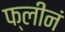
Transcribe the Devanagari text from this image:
फ्लीनं